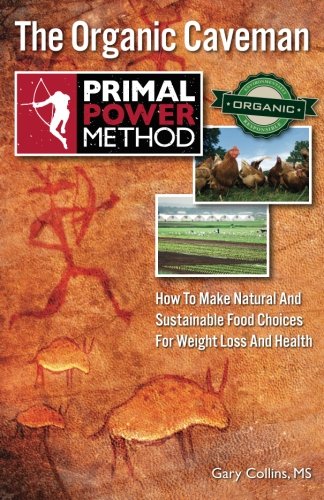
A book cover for Primal Power Method The Organic Caveman: How To Make Natural And Sustainable Food Choices For Weight Loss And Health; Gary Collins; Health, Fitness & Dieting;